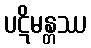
ပဋိမန္တဿ